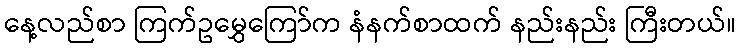
နေ့လည်စာ ကြက်ဥမွှေကြော်က နံနက်စာထက် နည်းနည်း ကြီးတယ်။